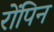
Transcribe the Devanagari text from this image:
रोंपिन